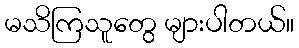
မသိကြသူတွေ များပါတယ်။